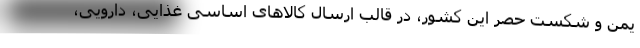
یمن و شکست حصر این کشور، در قالب ارسال کالاهای اساسی غذایی، دارویی،